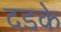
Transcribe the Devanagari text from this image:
दडके